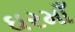
ઘરમાઁ